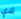
لدي